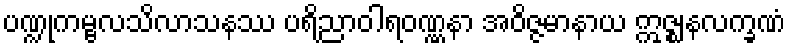
ပဏ္ဍုကမ္ဗလသိလာသနဿ ပရိညာဝါရဝဏ္ဏနာ အဝိဇ္ဇမာနာယ ဣဇ္ဈနလက္ခဏံ